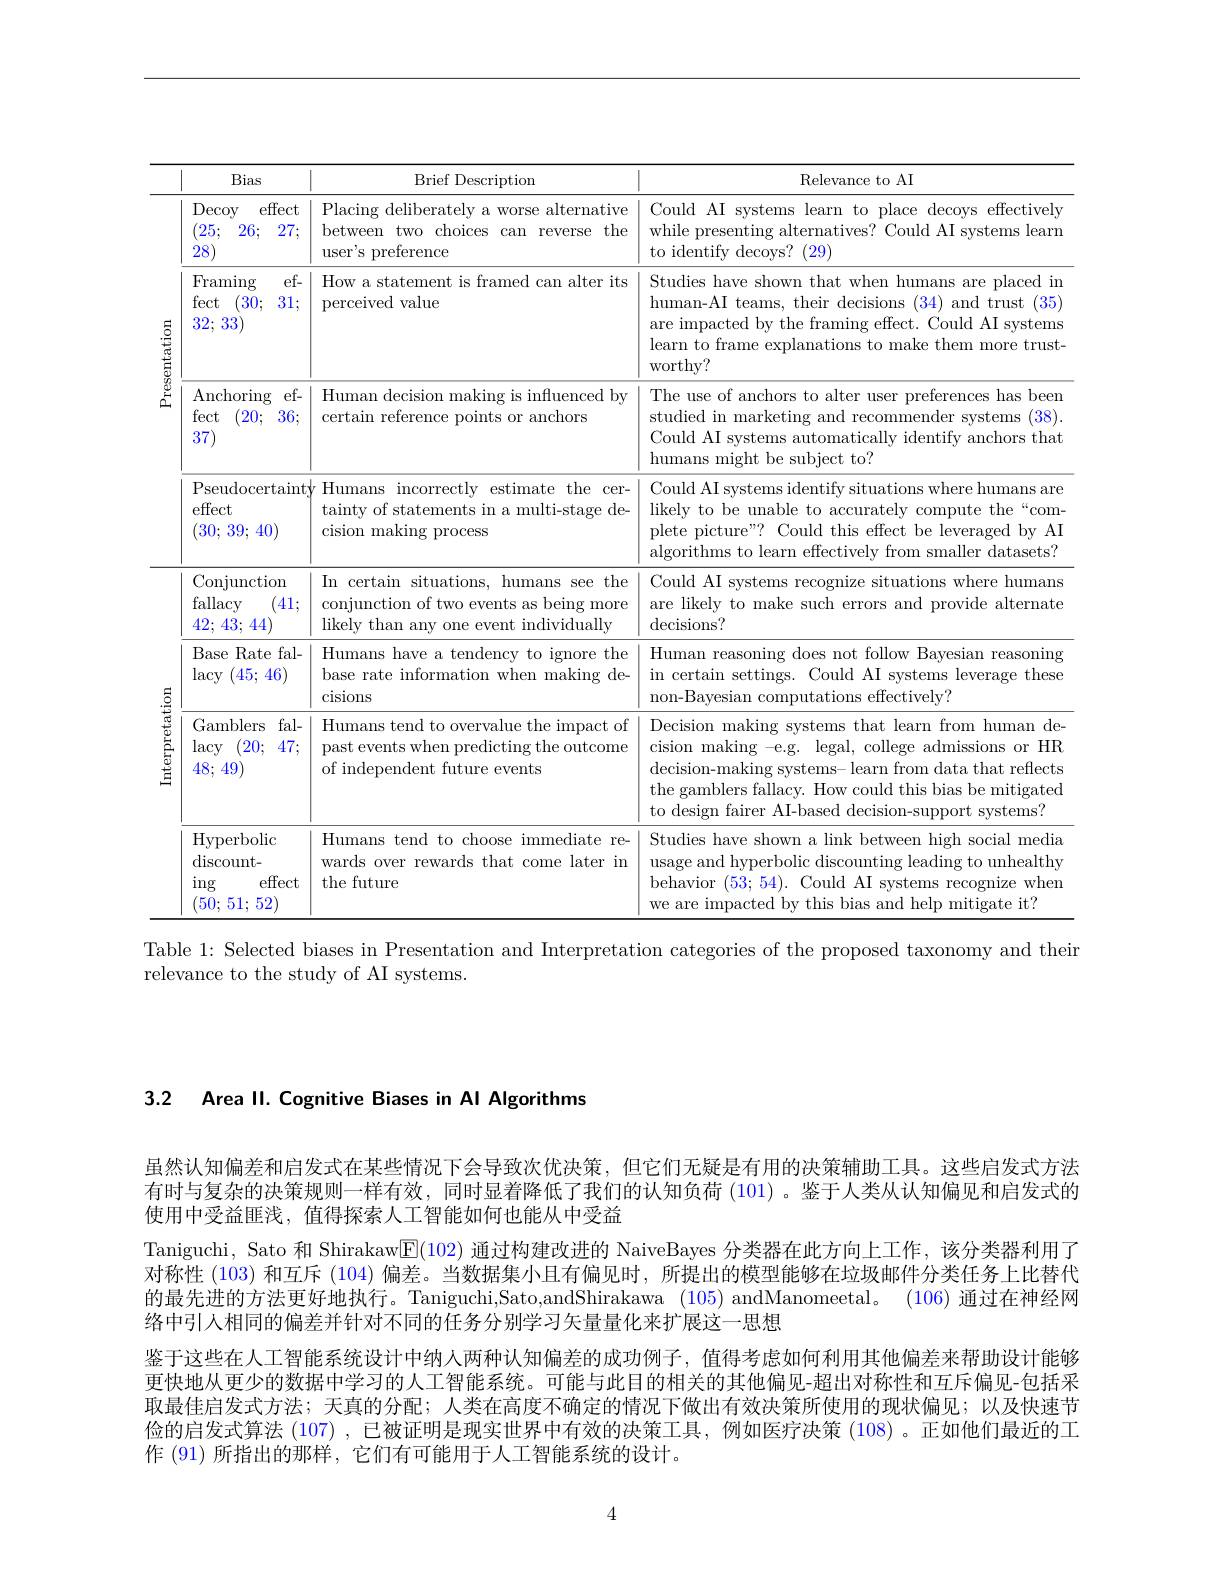
<table>
	<tbody>
		<tr>
			<th> </th>
			<th>Bias</th>
			<th>Brief Descriptiom</th>
			<th>Relevance to AI</th>
		</tr>
		<tr>
			<td> </td>
			<td>Decoy effect 25: 26: 27; 28</td>
			<td>Placing deliberately a worse alternative between two choices can reverse the user's preference</td>
			<td>Could AI systems learn to place decoys effectively while presenting alternatives? Could AI systems learn to identify decoys? (29)</td>
		</tr>
		<tr>
			<td rowspan="3">Presentation</td>
			<td>$\operatorname{Framing}$ $ef-$ fect 30; 31: 32;33</td>
			<td>How a statement is framed can alter its perceived value</td>
			<td>Studies have shown that when humans are placed in human-AI teams, their decisions (34) and trust ( 35] are impacted by the framing effect. Could AI systems learn to frame explanations to make them more trust- worthy? </td>
		</tr>
		<tr>
			<td>Anchoring $ef-$ fect 20; 36; 37</td>
			<td>Human decision making is influenced by certain reference points or anchors</td>
			<td>The use of anchors to alter user preferences has been studied in marketing and recommender systems (38). Could AI systems automatically identify anchors that humans might be subject to?</td>
		</tr>
		<tr>
			<td>Pseudocertaint effect (30; 39; 40)</td>
			<td>Humans incorrectly estimate the cer- tainty of statements in a multi-stage de- cision making process</td>
			<td>Could AI systems identify situations where humans are likely to be unable to accurately compute the“com- plete picture"? Could this effect be leveraged by AI algorithms to learn effectively from smaller datasets?</td>
		</tr>
		<tr>
			<td rowspan="1">Presentation</td>
			<td>Conjunction fallacy 41 42; 43; 44 </td>
			<td>In certain situations, humans see the conjunction of two events as being more likely than any one event individually</td>
			<td>Could AI systems recognize situations where humans are likely to make such errors and provide alternate $\operatorname{decisions?}$</td>
		</tr>
		<tr>
			<td rowspan="3">Interpretation</td>
			<td>Base $fal-$ Rate lacy 45;46)</td>
			<td>Humans have a tendency to ignore the base rate information when making de- cisions</td>
			<td>Human reasoning does not follow Bayesian reasoning in certain settings. Could AI systems leverage these non-Bayesian computations effectively?</td>
		</tr>
		<tr>
			<td>Gamblers fal- lacy 20; 47; T 48;49</td>
			<td>Humans tend to overvalue the impact of past events when predicting the outcome of independent future events</td>
			<td>Decision making systems that learn from human de cision making -e.g. legal, college admissions or HR decision-making systems- learn from data that reflects the gamblers fallacy. How could this bias be mitigated to design fairer AI-based decision-support systems?</td>
		</tr>
		<tr>
			<td>Hyperbolic discount- $\operatorname{ing}$ effect 50;51;52</td>
			<td>Humans tend to choose immediate re- wards over rewards that come later in the future</td>
			<td>Studies have shown a link between high social media usage and hyperbolic discounting leading to unhealthy behavior (53;54). Could AI systems recognize whem we are impacted by this bias and help mitigate it?</td>
		</tr>
	</tbody>
</table>

Table 1: Selected biases in Presentation and Interpretation categories of the proposed taxonomy and their
relevance to the study of AI systems.

3.2 Area Il. Cognitive Biases in Al Algorithms

虽然认知偏差和启发式在某些情况下会导致次优决策，但它们无疑是有用的决策辅助工具。这些启发式方法有时与复杂的决策规则一样有效，同时显着降低了我们的认知负荷 (101) 。鉴于人类从认知偏见和启发式的使用中受益匪浅，值得探索人工智能如何也能从中受益
Taniguchi, Sato 和 Shirakaw$\boxed{\mathrm{F}}(102)$通过构建改进的 NaiveBayes 分类器在此方向上工作，该分类器利用了对称性 (103) 和互斥 (104) 偏差。当数据集小且有偏见时，所提出的模型能够在垃圾邮件分类任务上比替代的最先进的方法更好地执行。Taniguchi,Sato,andShirakawa (105) andManomeetal。(106) 通过在神经网络中引人相同的偏差并针对不同的任务分别学习矢量量化来扩展这一思想
鉴于这些在人工智能系统设计中纳人两种认知偏差的成功例子，值得考虑如何利用其他偏差来帮助设计能够更快地从更少的数据中学习的人工智能系统。可能与此目的相关的其他偏见-超出对称性和互斥偏见-包括采取最佳启发式方法；天真的分配；人类在高度不确定的情况下做出有效决策所使用的现状偏见；以及快速节俭的启发式算法(107) ,已被证明是现实世界中有效的决策工具，例如医疗决策 (108)。正如他们最近的工作 (91) 所指出的那样 , 它们有可能用于人工智能系统的设计。

4